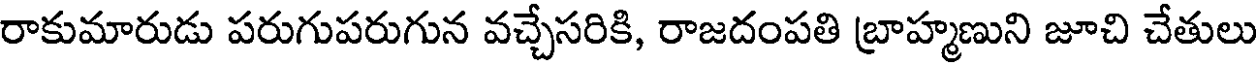
రాకుమారుడు పరుగుపరుగున వచ్చేసరికి, రాజదంపతి బ్రాహ్మణుని జూచి చేతులు